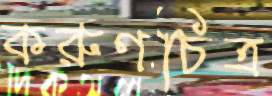
করুণচিত্র